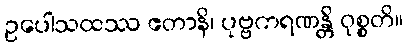
ဥပေါသထဿ ဧတာနိ၊ ပုဗ္ဗကရဏန္တိ ဝုစ္စတိ။